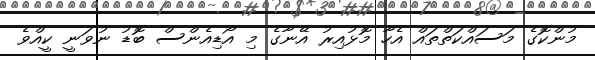
މުންކޮގެ މަސައްކަތްތައް އެހާ މޮޅުއިރު އޭނާގެ މި އޯޑިއެންސް ބޮޑު ނުވަނީ ކީއްވެ